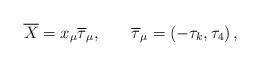
LaTeX: \begin{align*}\overline{X}=x_\mu \overline{\tau }_\mu,\hspace{0.3in}\overline{\tau }_\mu =\left( -\tau _k,\tau_4\right) ,\end{align*}